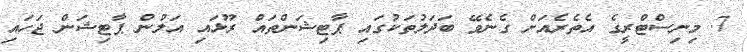
7. މިނިސްޓްރީގެ އެތެރެއަށް ގެނެވޭ ބަދަލުތަކުގައި ޕާޓިޝަންތައް ރޫޅައި އަލުން ޕާޓިޝަން ޖަހައި